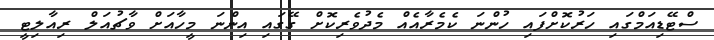
ސްޓޭޑިއަމްގައި ހަރުކޮށްފައި ހުންނަ ކެމެރާއެއް މެދުވެރިކޮށް ގޭގައި އިންނަ މީހާއަށް ވާޗުއަލް ރިއާލިޓީ